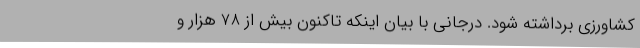
کشاورزی برداشته شود. درجانی با بیان اینکه تاکنون بیش از 78 هزار و